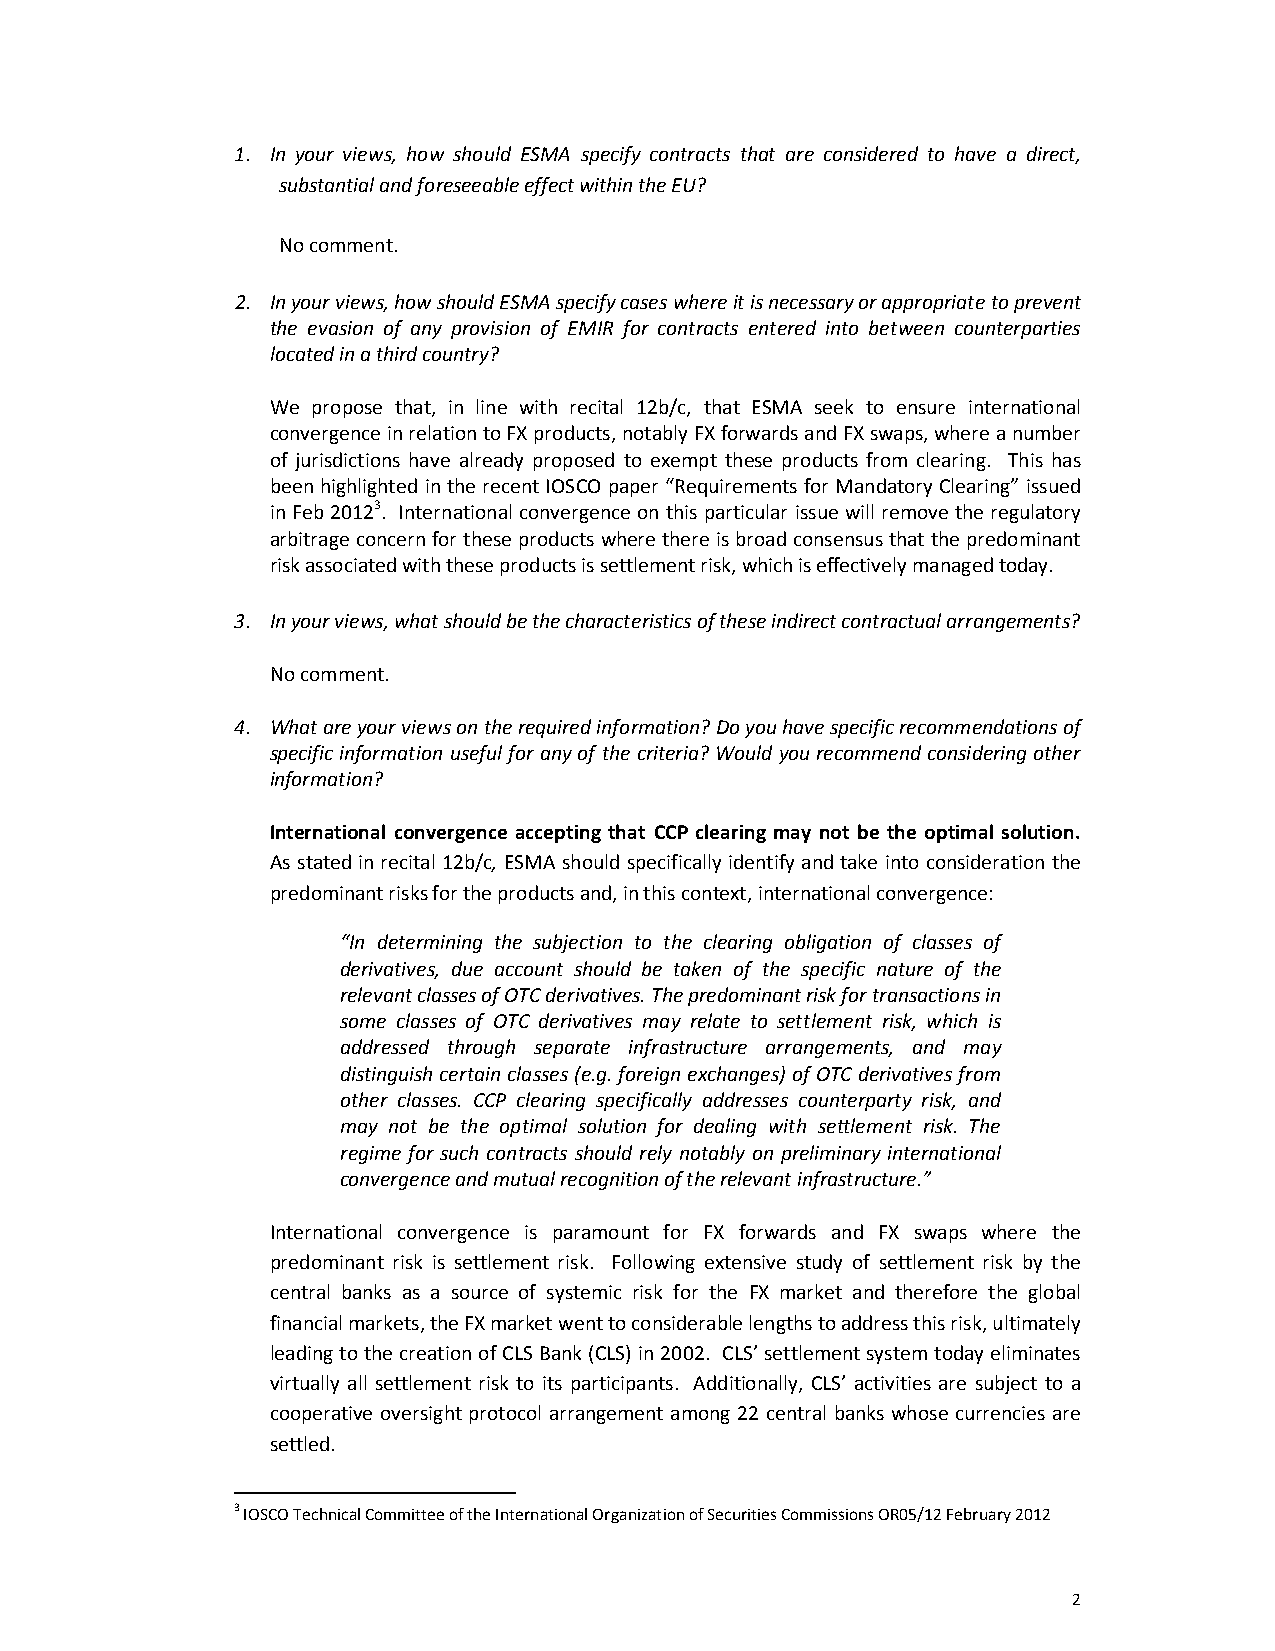
1. In your views, how should ESMA specify contracts that are considered to have a direct,
 substantial and foreseeable effect within the EU?
 No comment.
 2. In your views, how should ESMA specify cases where it is necessary or appropriate to prevent
 the evasion of any provision of EMIR for contracts entered into between counterparties
 located in a third country?
 We propose that, in line with recital 12b/c, that ESMA seek to ensure international
 convergence in relation to FX products, notably FX forwards and FX swaps, where a number
 of jurisdictions have already proposed to exempt these products from clearing. This has
 been highlighted in the recent IOSCO paper “Requirements for Mandatory Clearing” issued
 in Feb 20123. International convergence on this particular issue will remove the regulatory
 arbitrage concern for these products where there is broad consensus that the predominant
 risk associated with these products is settlement risk, which is effectively managed today.
 3. In your views, what should be the characteristics of these indirect contractual arrangements?
 No comment.
 4. What are your views on the required information? Do you have specific recommendations of
 specific information useful for any of the criteria? Would you recommend considering other
 information?
 International convergence accepting that CCP clearing may not be the optimal solution.
 As stated in recital 12b/c, ESMA should specifically identify and take into consideration the
 predominant risks for the products and, in this context, international convergence:
 “In determining the subjection to the clearing obligation of classes of
 derivatives, due account should be taken of the specific nature of the
 relevant classes of OTC derivatives. The predominant risk for transactions in
 some classes of OTC derivatives may relate to settlement risk, which is
 addressed through separate infrastructure arrangements, and may
 distinguish certain classes (e.g. foreign exchanges) of OTC derivatives from
 other classes. CCP clearing specifically addresses counterparty risk, and
 may not be the optimal solution for dealing with settlement risk. The
 regime for such contracts should rely notably on preliminary international
 convergence and mutual recognition of the relevant infrastructure.”
 International convergence is paramount for FX forwards and FX swaps where the
 predominant risk is settlement risk. Following extensive study of settlement risk by the
 central banks as a source of systemic risk for the FX market and therefore the global
 financial markets, the FX market went to considerable lengths to address this risk, ultimately
 leading to the creation of CLS Bank (CLS) in 2002. CLS’ settlement system today eliminates
 virtually all settlement risk to its participants. Additionally, CLS’ activities are subject to a
 cooperative oversight protocol arrangement among 22 central banks whose currencies are
 settled.
 3 IOSCO Technical Committee of the International Organization of Securities Commissions OR05/12 February 2012
 2